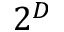
2 ^ { D }